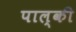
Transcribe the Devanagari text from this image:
पाल्की